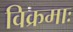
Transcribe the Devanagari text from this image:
विक्रमाः